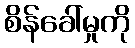
စိန်ခေါ်မှုကို